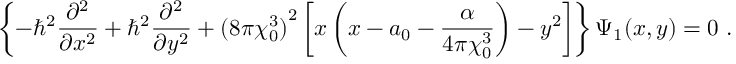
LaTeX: \left\{ - \hbar ^ { 2 } \frac { \partial ^ { 2 } } { \partial x ^ { 2 } } + \hbar ^ { 2 } \frac { \partial ^ { 2 } } { \partial y ^ { 2 } } + { ( 8 \pi \chi _ { 0 } ^ { 3 } ) } ^ { 2 } \left[ x \left( x - a _ { 0 } - \frac { \alpha } { 4 \pi \chi _ { 0 } ^ { 3 } } \right) - y ^ { 2 } \right] \right\} \Psi _ { 1 } ( x , y ) = 0 ~ .